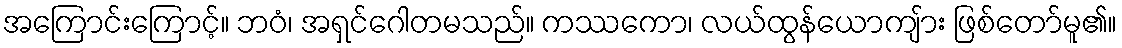
အကြောင်းကြောင့်။ ဘဝံ၊ အရှင်ဂေါတမသည်။ ကဿကော၊ လယ်ထွန်ယောကျ်ား ဖြစ်တော်မူ၏။